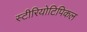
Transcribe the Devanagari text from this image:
स्टीरियोटिपिकल